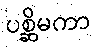
ပစ္ဆိမကာ